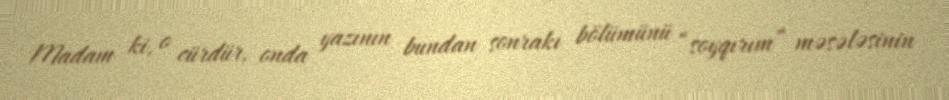
Madam ki, o cürdür, onda yazının bundan sonrakı bölümünü “soyqırım” məsələsinin